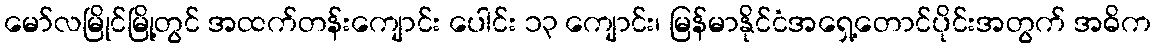
မော်လမြိုင်မြို့တွင် အထက်တန်းကျောင်း ပေါင်း ၁၃ ကျောင်း၊ မြန်မာနိုင်ငံအရှေ့တောင်ပိုင်းအတွက် အဓိက